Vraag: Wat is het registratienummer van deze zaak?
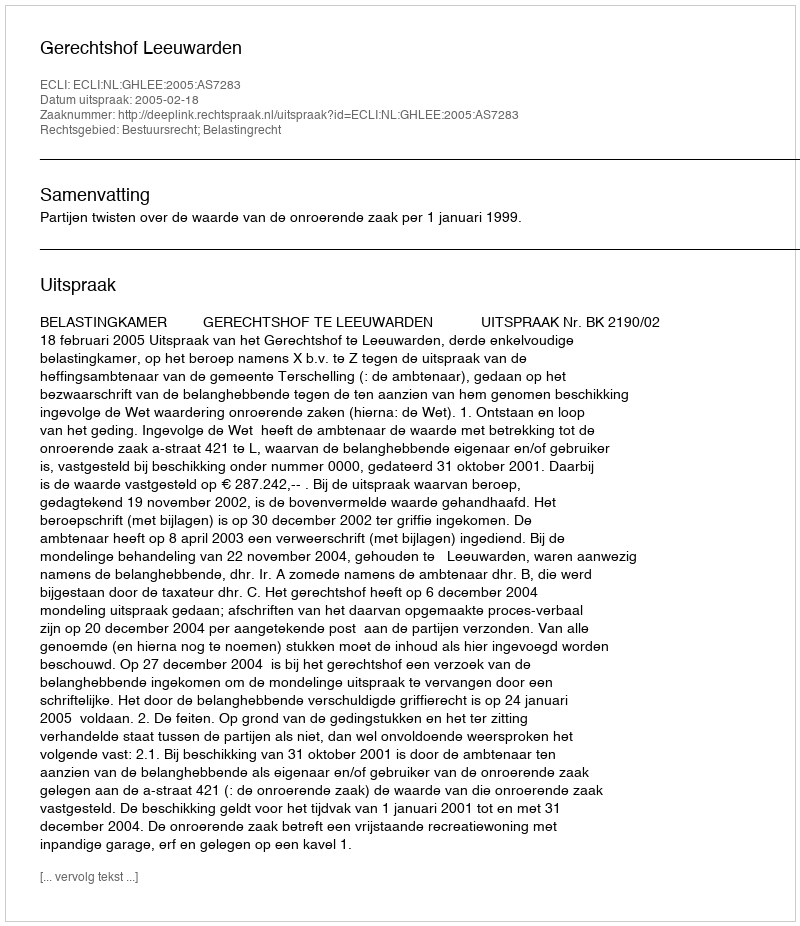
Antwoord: http://deeplink.rechtspraak.nl/uitspraak?id=ECLI:NL:GHLEE:2005:AS7283